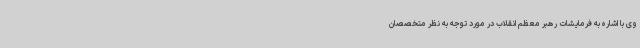
وی با اشاره به فرمایشات رهبر معظم انقلاب در مورد توجه به نظر متخصصان